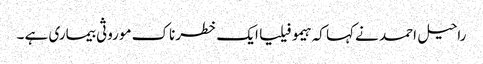
راحیل احمد نے کہا کہ ہیمو فیلیا ایک خطرناک موروثی بیماری ہے ۔